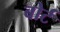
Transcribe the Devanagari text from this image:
बोर्ट